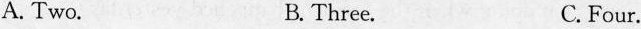
A. Two. B. Three. C. Four.